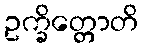
ဥက္ခိတ္တောတိ